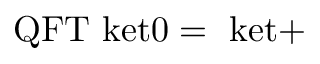
\mathrm { { Q F T } \ k e t { 0 } = \ k e t { + } }